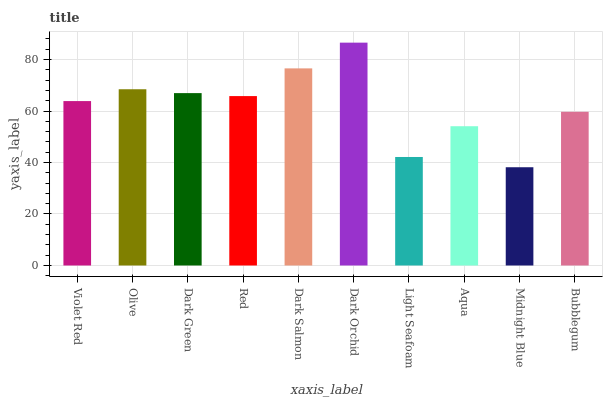
| xaxis_label | bars |
 | --- | --- |
 | Violet Red | 63.9 |
 | Olive | 68.5 |
 | Dark Green | 67 |
 | Red | 65.8 |
 | Dark Salmon | 76.6 |
 | Dark Orchid | 86.6 |
 | Light Seafoam | 42.1 |
 | Aqua | 54.1 |
 | Midnight Blue | 38.2 |
 | Bubblegum | 59.7 |